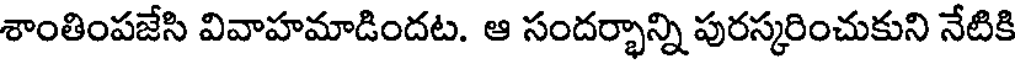
శాంతింపజేసి వివాహమాడిందట. ఆ సందర్భాన్ని పురస్కరించుకుని నేటికి